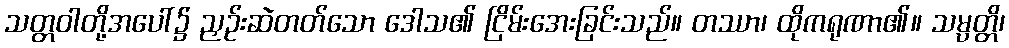
သတ္တဝါတို့အပေါ်၌ ညှဉ်းဆဲတတ်သော ဒေါသ၏ ငြိမ်းအေးခြင်းသည်။ တဿာ၊ ထိုကရုဏာ၏။ သမ္ပတ္တိ၊